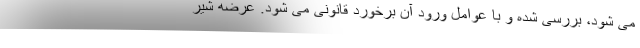
می شود، بررسی شده و با عوامل ورود آن برخورد قانونی می شود. عرضه شیر